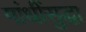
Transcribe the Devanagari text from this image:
गांधींसुद्धा